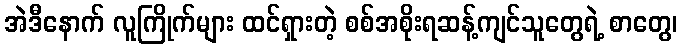
အဲဒီနောက် လူကြိုက်များ ထင်ရှားတဲ့ စစ်အစိုးရဆန့်ကျင်သူတွေရဲ့ စာတွေ၊